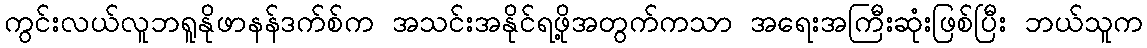
ကွင်းလယ်လူဘရူနိုဖာနန်ဒက်စ်က အသင်းအနိုင်ရဖို့အတွက်ကသာ အရေးအကြီးဆုံးဖြစ်ပြီး ဘယ်သူက